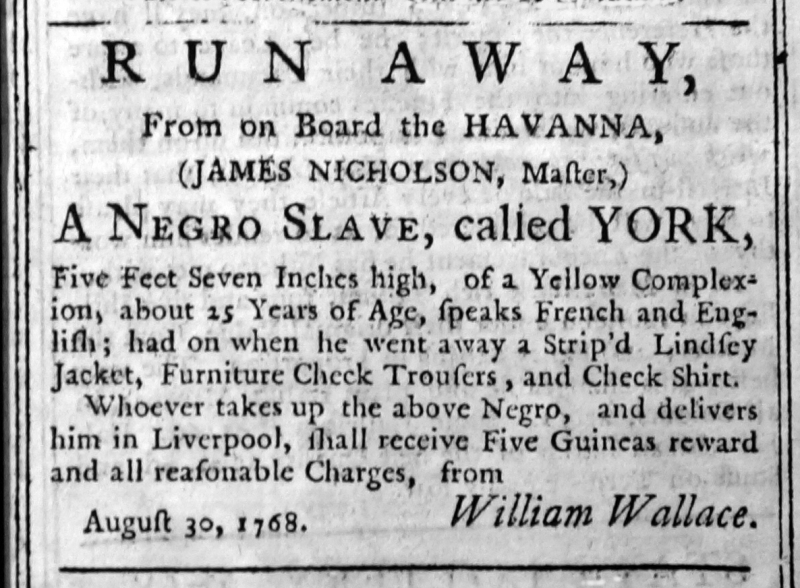
Liverpool General Advertiser, or the Commercial Register, 2 September 1768 (England)
RUN AWAY,From on Board the HAVANNA,(JAMES NICHOLSON, Master,)A NEGRO SLAVE, called YORK,Five Feet Seven Inches high, of a Yellow Complexion, about 25 Years of Age, speaks French and English; had on when he went away a Strip’d Lindsey Jacket, Furniture Check Trousers, and Check Shirt.  Whoever takes up the above Negro, and delivers him in Liverpool, shall receive Five Guineas reward and all reasonable Charges, from                                William Wallace.August 30, 1768.